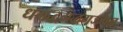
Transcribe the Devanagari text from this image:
धगद्धगद्धगज्ज्वल